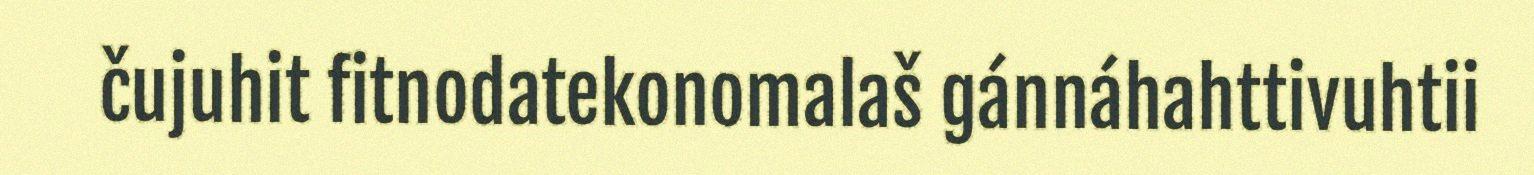
čujuhit fitnodatekonomalaš gánnáhahttivuhtii